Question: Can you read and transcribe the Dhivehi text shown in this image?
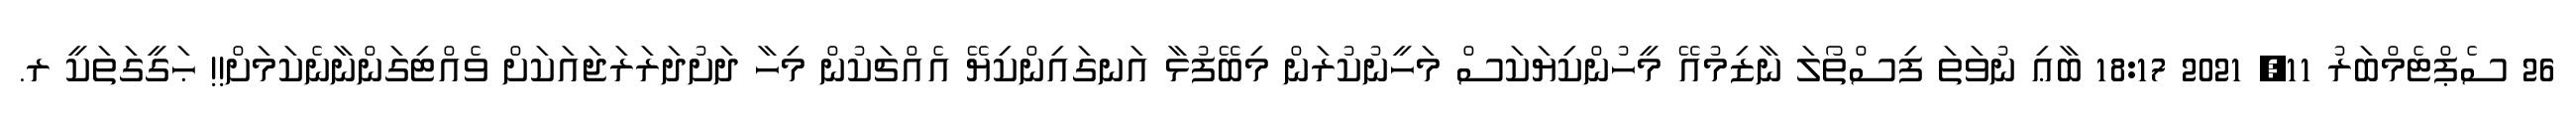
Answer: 26 ސެޕްޓެމްބަރު 11, 2021 18:17 ބާޢި ނުވަތަ ފިސްތޯލަ ނާޒިމުއޭ މީހުންކިޔަކަސް މަހީނުކުރަން މިބޭފުޅާ އަނގައިންކިޔޭ އެއްޗަކުން މިހާ ދަށުދަރަރަޖައަކަށް ވެއްޓިގަންނާނެކަމަށް!! ޙަގީގަތަކީ ރ.